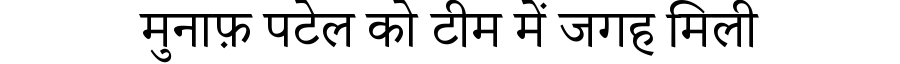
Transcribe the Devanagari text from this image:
मुनाफ़ पटेल को टीम में जगह मिली